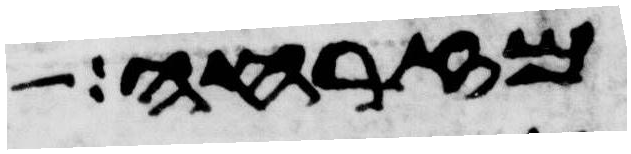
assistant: מזרחה